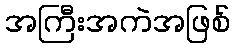
အကြီးအကဲအဖြစ်